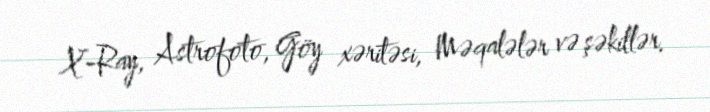
X-Ray, Astrofoto, Göy xəritəsi, Məqalələr və şəkillər.